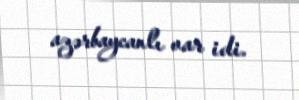
azərbaycanlı var idi.